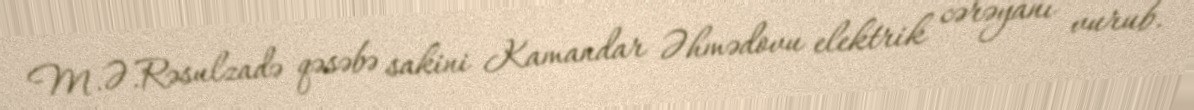
M.Ə.Rəsulzadə qəsəbə sakini Kamandar Əhmədovu elektrik cərəyanı vurub.